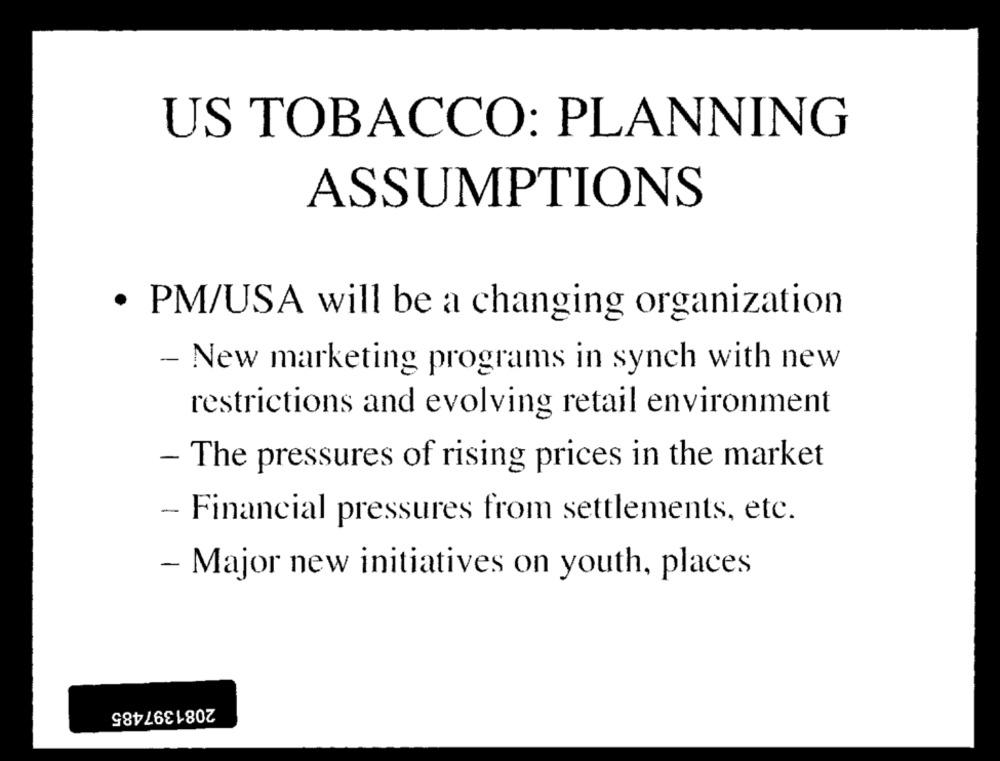
US TOBACCO: PLANNING
ASSUMPTIONS
· PM/USA will be a changing organization
- New marketing programs in synch with new
restrictions and evolving retail environment
- The pressures of rising prices in the market
- Financial pressures from settlements, etc.
- Major new initiatives on youth, places
2081397485